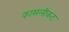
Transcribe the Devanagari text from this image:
कासलीकट